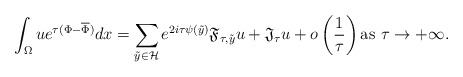
\begin{align*}\int_{\Omega}ue^{\tau(\Phi-\overline \Phi)}dx=\sum_{\tilde y\in\mathcal H}e^{2i\tau\psi(\tilde y)}\frak F_{\tau,\tilde y}u+\frak J_{\tau}u+ o\left(\frac{1}{\tau}\right)\mbox{as}\,\,\tau\rightarrow +\infty.\end{align*}